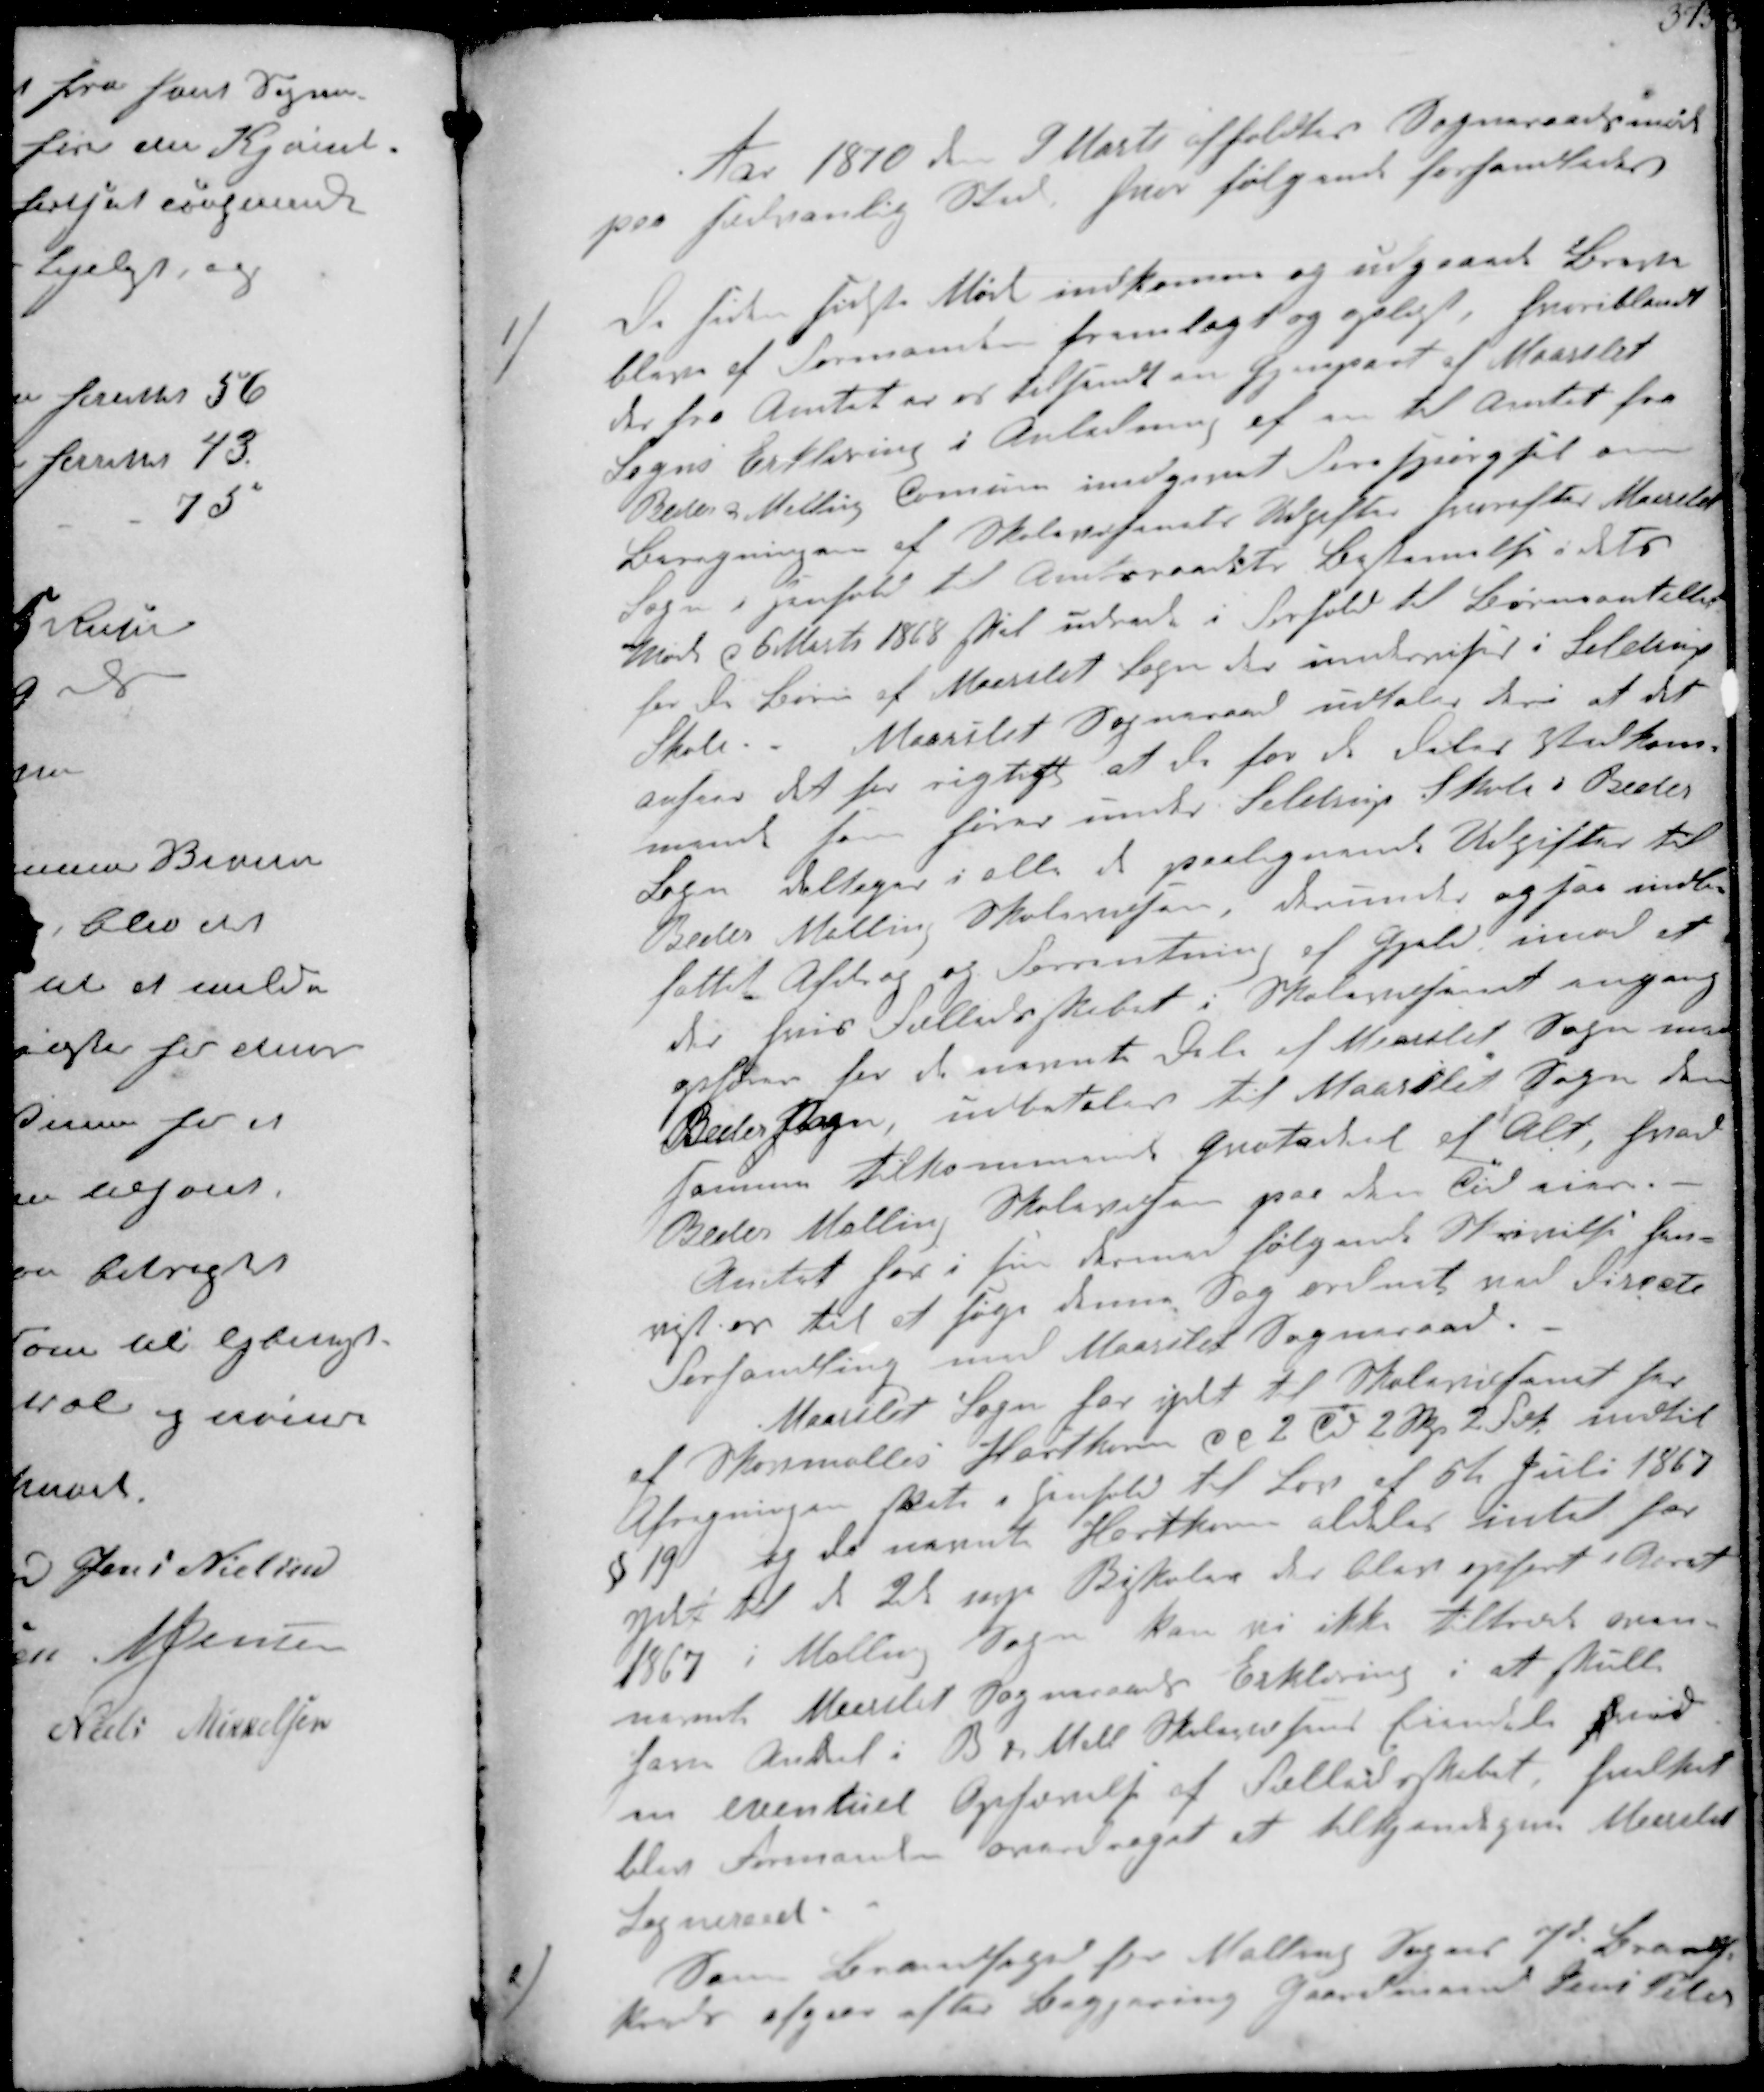
Transskription:
Aar 1870 d. 9 Marts afholdtes Sogneraadsmøde
paa sædvanlig Sted, hvor følgende forhandledes

1/
De siden sidste Møde indkomne og udgaaede Breve
bleve af Formanden fremlagt og oplæst, hvoriblandt
der fra Amtet er er tilsendt en Gjenpart af Maarslet
Sogns Erklæring i Anledning af en til Amtet fra
Beder Malling Comune indgivet Forespørgsel og
Beregningen af Skolevæsenets Udgifter hvorefter Maarslet
Sogn i Henhold til Amtsraadets Bestemmelse i dets
Møde d 6 Marts 1868 skal udrede i Forhold til Børneantallet
for de Børn af Maarslet Sogn der undervises i Seldrup
Skole Maarslet Sogneraad udtaler deri at det
anseer det har rigtigt at de for de deles Vedkom-
mende som hører under Selstrup Skole i Beder
Sogn deltage i alle de paalignende Udgifter til
Beder Malling Skolevæsen, derunder ogsaa indbe-
fattet Afdrag og Forrentning af Gjæld, imod at
der hvis Fælledskabet i Skolevæsenet engang
ophører for de nævnte Dele af Maarslet Sogn med
Beder Sogn udbetales til Maarslet Sogn den
samme tilkommende  af Alt, hvad
Beder Malling Skolevæsen paa den Tid ejer
Amtet har i sin dermed følgende Skrivelse hen-
vist os til at søge denne Sag ordnet ved Direkte
Forhandling med Maarslet Sogneraad.
Maarslet Sogn har ydet til Skolevæsenet her
af Skovmølles Hartkorn ca 2 Td 2 Skp 2  indtil 
Afregningen skete i henhold til Lov af 6te Juli 1867
§ 19 og da nævnte Hartkorn aldeles intet har
ydet til de 2 nye Biskoler der blev opført i Aaret
1867 i Malling Sogn kan vi ikke tiltræde oven-
nævnte Maarslet Sogneraads Erklæring i at skulle
have Andeel i B + Mall Skolevæsens Ejendele hved
en eventuel Ophørelse af Fælledskabet, hvilket
blev Formanden overdraget at tilkjendegive Maarslet
Sogneraad

2/
Som Brandfoged for Malling Sogns 7de Brand-
kreds afgaar efter Begjæring Gaardmand Jens Peter